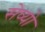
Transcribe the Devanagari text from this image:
सेव्यो